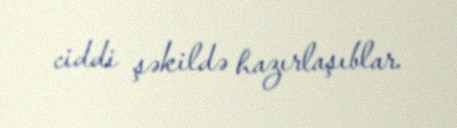
ciddi şəkildə hazırlaşıblar.